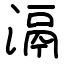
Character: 滆